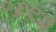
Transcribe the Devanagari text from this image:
०६९३